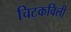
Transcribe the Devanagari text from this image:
चिटकविली